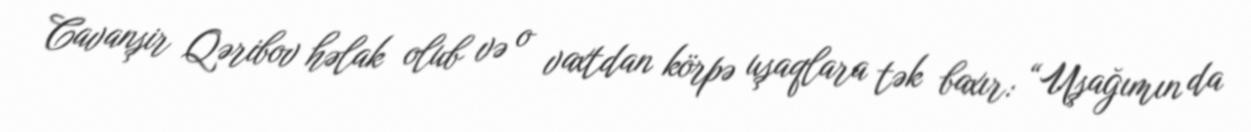
Cavanşir Qəribov həlak olub və o vaxtdan körpə uşaqlara tək baxır: “Uşağımın da